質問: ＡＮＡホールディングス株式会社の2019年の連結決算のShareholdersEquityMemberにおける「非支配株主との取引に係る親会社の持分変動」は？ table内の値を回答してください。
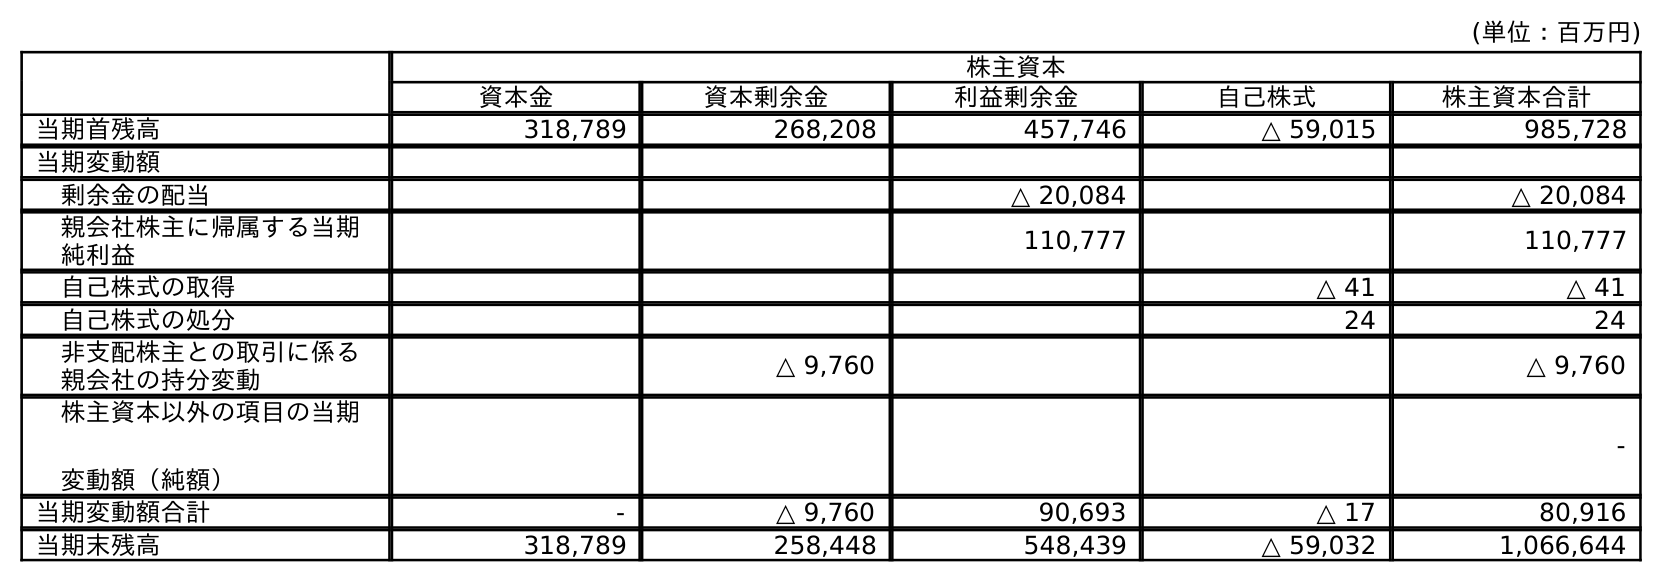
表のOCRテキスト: (単位：百万円) 株主資本 資本金 資本剰余金 利益剰余金 自己株式 株主資本合計 当期首残高 318,789 268,208 457,746 △ 59,015 985,728 当期変動額 剰余金の配当 △ 20,084 △ 20,084 親会社株主に帰属する当期 純利益 110,777 110,777 自己株式の取得 △ 41 △ 41 自己株式の処分 24 24 非支配株主との取引に係る 親会社の持分変動 △ 9,760 △ 9,760 株主資本以外の項目の当期 変動額（純額） - 当期変動額合計 - △ 9,760 90,693 △ 17 80,916 当期末残高 318,789 258,448 548,439 △ 59,032 1,066,644
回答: △9,760